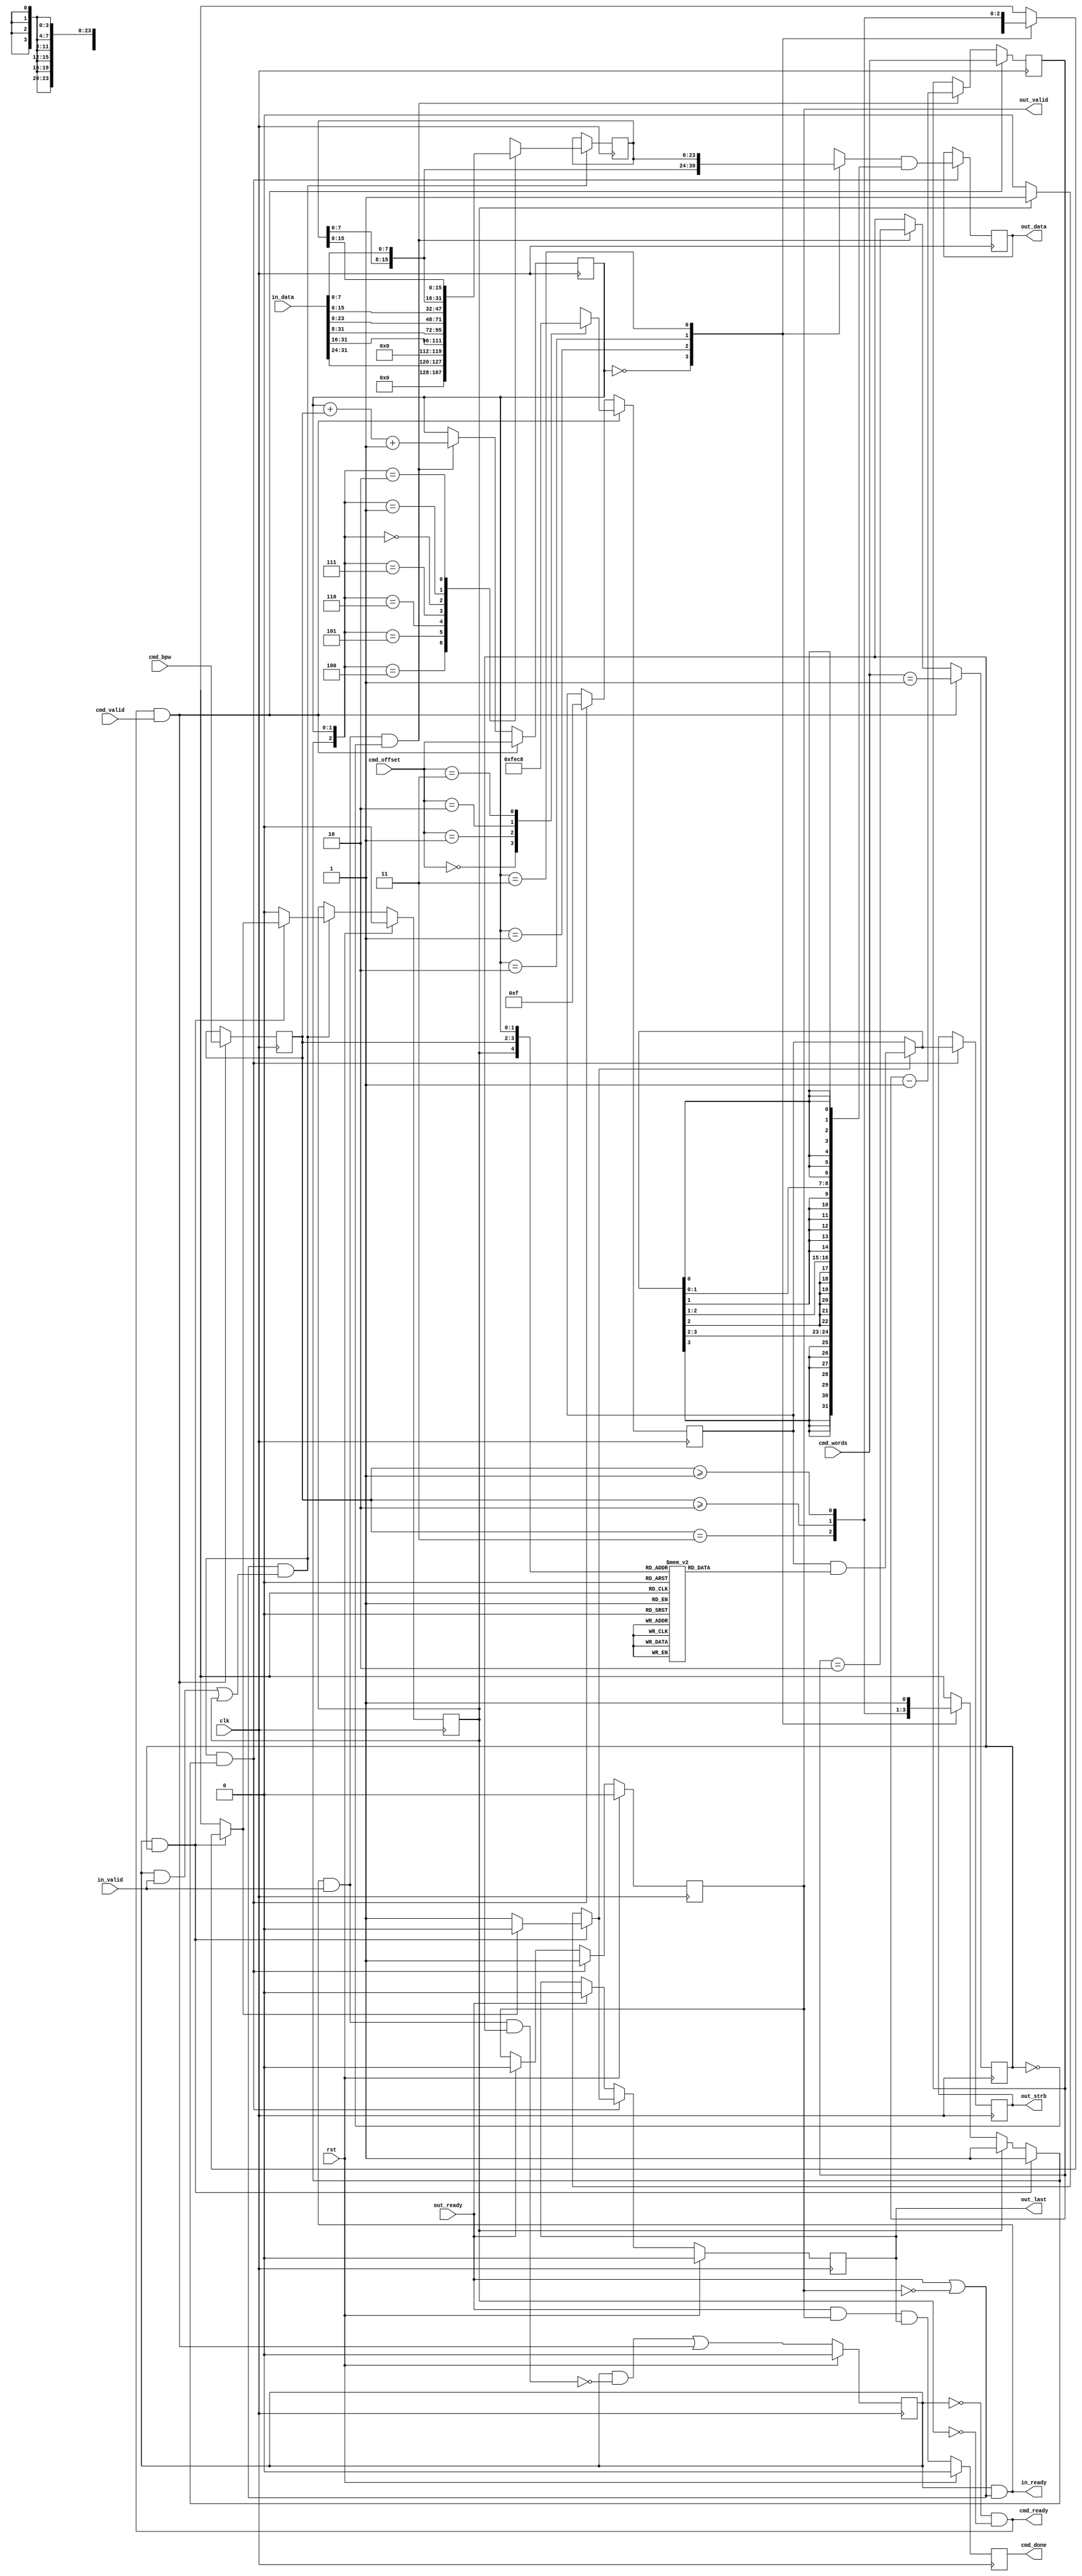

module dlsc_data_packer #(
    parameter WLEN          = 12,   // bits for cmd_word field
    parameter WORDS_ZERO    = 0     // if set, cmd_word is words-1 (ie, it is 0 based)
) (
    // System
    input   wire                    clk,
    input   wire                    rst,

    // Status/control
    output  reg                     cmd_done,

    // Command input
    output  wire                    cmd_ready,
    input   wire                    cmd_valid,
    input   wire    [1:0]           cmd_offset,     // offset to 1st byte of 1st output word
    input   wire    [1:0]           cmd_bpw,        // bytes per input word
    input   wire    [WLEN-1:0]      cmd_words,      // number of input words to pack

    // Data input (unpacked)
    output  wire                    in_ready,
    input   wire                    in_valid,
    input   wire    [31:0]          in_data,

    // Data output (packed)
    input   wire                    out_ready,
    output  reg                     out_valid,
    output  reg                     out_last,
    output  reg     [31:0]          out_data,
    output  reg     [3:0]           out_strb
);

reg             buf_rem;        // internal buffer has one last beat of data
wire            update;
reg             next_out_valid;


// track command

reg             c_valid;
reg             c_last;
reg  [WLEN-1:0] c_words;
reg  [1:0]      c_offset;
reg  [1:0]      c_bpw;
reg  [3:0]      c_strb;

wire            c_ready         = (in_ready && in_valid && c_last);

// c_* registers shouldn't be overwritten until buf_rem is cleared
assign          cmd_ready       = !c_valid && !buf_rem;

always @(posedge clk) begin
    if(rst) begin
        c_valid     <= 1'b0;
        cmd_done    <= 1'b0;
    end else begin
        c_valid     <= (c_valid && !c_ready) || (cmd_ready && cmd_valid);
        cmd_done    <= (out_ready && out_valid && out_last);
    end
end

always @(posedge clk) begin
    if(in_ready && in_valid && !c_last) begin
        c_last      <= WORDS_ZERO ? (c_words == 1) : (c_words == 2);
        c_words     <= c_words - 1;
        c_offset    <= c_offset + c_bpw + 2'd1;
    end
    if(update && next_out_valid) begin
        // reset strobes after 1st output beat
        c_strb      <= 4'b1111;
    end
    if(cmd_ready && cmd_valid) begin
        c_last      <= WORDS_ZERO ? (cmd_words == 0) : (cmd_words == 1);
        c_words     <= cmd_words;
        c_offset    <= cmd_offset;
        c_bpw       <= cmd_bpw;
        case(cmd_offset)
            2'd0: c_strb <= 4'b1111;
            2'd1: c_strb <= 4'b1110;
            2'd2: c_strb <= 4'b1100;
            2'd3: c_strb <= 4'b1000;
        endcase
    end
end


// handshake

assign          in_ready        = c_valid && (out_ready || !out_valid);

assign          update          = (out_ready || !out_valid) && ((c_valid && in_valid) || buf_rem);


// control

reg             next_out_last;
reg             next_buf_rem;

always @* begin
    next_out_valid  = 1'b0;
    next_out_last   = 1'b0;
    next_buf_rem    = 1'b0;

    if(c_valid && c_last) begin

        next_out_valid  = 1'b1;

        // last input beat may leave a remainder in the buffer;
        // an extra output beat will be required to finish in this case
        case(c_offset)
            2'd0: next_buf_rem = 1'b0;
            2'd1: next_buf_rem = (c_bpw == 2'd3);
            2'd2: next_buf_rem = (c_bpw >= 2'd2);
            2'd3: next_buf_rem = (c_bpw >= 2'd1);
        endcase

        // can only be last output beat if there is no remainder
        if(!next_buf_rem) begin
            next_out_last   = 1'b1;
        end

    end else begin

        if(buf_rem) begin
            // force last output on remainder
            next_out_valid  = 1'b1;
            next_out_last   = 1'b1;
        end else begin
            // can drive the output when the input overruns the buffer
            case(c_offset)
                2'd0: next_out_valid = (c_bpw == 2'd3);
                2'd1: next_out_valid = (c_bpw >= 2'd2);
                2'd2: next_out_valid = (c_bpw >= 2'd1);
                2'd3: next_out_valid = 1'b1;
            endcase
        end

    end
end


// buffer data

reg  [23:0]     buf_data;
reg  [23:0]     next_buf_data;

always @* begin
    next_buf_data   = {24{1'bx}};
    
    case( {next_out_valid,c_offset} )

        // output being driven (consuming some/all of input); capture remainder of input
        {1'b1,2'd0}: next_buf_data = {         24'd0                 };
        {1'b1,2'd1}: next_buf_data = {         16'd0, in_data[31:24] };
        {1'b1,2'd2}: next_buf_data = {          8'd0, in_data[31:16] };
        {1'b1,2'd3}: next_buf_data = {                in_data[31: 8] };

        // just filling buffer; capture all of input (not used for 4 bytes per word)
        {1'b0,2'd0}: next_buf_data = { in_data[23:0]                 }; // only used for <= 3 bytes per word
        {1'b0,2'd1}: next_buf_data = { in_data[15:0], buf_data[ 7:0] }; // only used for <= 2 bytes per word
        {1'b0,2'd2}: next_buf_data = { in_data[ 7:0], buf_data[15:0] }; // only used for    1 byte  per word

        // shouldn't happen
        default: next_buf_data = {24{1'bx}};

    endcase

end

always @(posedge clk) begin
    if(update) begin
        buf_data    <= next_buf_data;
    end
end


// output data

reg  [31:0]     next_out_data;

always @* begin
    next_out_data   = {32{1'bx}};
    case(c_offset)
        2'd0: next_out_data = { in_data[31:0]                 };
        2'd1: next_out_data = { in_data[23:0], buf_data[ 7:0] };
        2'd2: next_out_data = { in_data[15:0], buf_data[15:0] };
        2'd3: next_out_data = { in_data[ 7:0], buf_data[23:0] };
    endcase
end


// output strobes

reg  [3:0]      next_out_strb_mask;
reg  [3:0]      next_out_strb;

always @* begin

    // strobes for last output beat
    // (only meaningful when next_out_last is asserted)
    case( {buf_rem,c_bpw,c_offset} )

        // ** not remainder **
        // 1 byte per word
        { 1'b0, 2'd0, 2'd0 }: next_out_strb_mask = 4'b0001;
        { 1'b0, 2'd0, 2'd1 }: next_out_strb_mask = 4'b0011;
        { 1'b0, 2'd0, 2'd2 }: next_out_strb_mask = 4'b0111;
        { 1'b0, 2'd0, 2'd3 }: next_out_strb_mask = 4'b1111;
        // 2 bytes per word
        { 1'b0, 2'd1, 2'd0 }: next_out_strb_mask = 4'b0011;
        { 1'b0, 2'd1, 2'd1 }: next_out_strb_mask = 4'b0111;
        { 1'b0, 2'd1, 2'd2 }: next_out_strb_mask = 4'b1111;
        // 3 bytes per word
        { 1'b0, 2'd2, 2'd0 }: next_out_strb_mask = 4'b0111;
        { 1'b0, 2'd2, 2'd1 }: next_out_strb_mask = 4'b1111;
        // 4 bytes per word
        { 1'b0, 2'd3, 2'd0 }: next_out_strb_mask = 4'b1111;

        // ** remainder **
        // 1 byte per word
        // (can't have a remainder)
        // 2 bytes per word
        { 1'b1, 2'd1, 2'd3 }: next_out_strb_mask = 4'b0001;
        // 3 bytes per word
        { 1'b1, 2'd2, 2'd2 }: next_out_strb_mask = 4'b0001;
        { 1'b1, 2'd2, 2'd3 }: next_out_strb_mask = 4'b0011;
        // 4 bytes per word
        { 1'b1, 2'd3, 2'd1 }: next_out_strb_mask = 4'b0001;
        { 1'b1, 2'd3, 2'd2 }: next_out_strb_mask = 4'b0011;
        { 1'b1, 2'd3, 2'd3 }: next_out_strb_mask = 4'b0111;

        // unspecified cases shouldn't happen
        default: next_out_strb_mask = 4'bxxxx;
    endcase

    next_out_strb   = next_out_last ? (c_strb & next_out_strb_mask) : c_strb;

end


// registers

always @(posedge clk) begin
    if(rst) begin
        buf_rem     <= 1'b0;
        out_valid   <= 1'b0;
        out_last    <= 1'b0;
    end else begin
        if(out_ready) begin
            out_valid   <= 1'b0;
            out_last    <= 1'b0;
        end
        if(update) begin
            buf_rem     <= next_buf_rem;
        end
        if(update && next_out_valid) begin
            out_valid   <= 1'b1;
            out_last    <= next_out_last;
        end
    end
end

always @(posedge clk) begin
    if(update && next_out_valid) begin
        out_data    <= next_out_data & { {8{next_out_strb[3]}},
                                         {8{next_out_strb[2]}},
                                         {8{next_out_strb[1]}},
                                         {8{next_out_strb[0]}} };
        out_strb    <= next_out_strb;
    end
end


endmodule